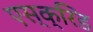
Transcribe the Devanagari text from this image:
एस्क्रिड